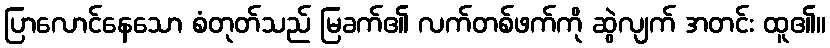
ပြာလောင်နေသော စံတုတ်သည် မြခက်၏ လက်တစ်ဖက်ကို ဆွဲလျက် အတင်း ထူ၏။